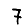
Digit: 7